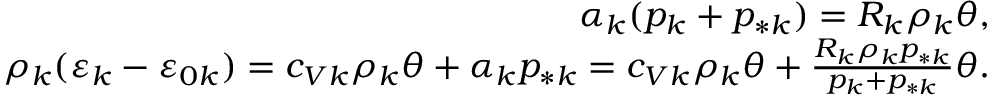
\begin{array} { r } { \alpha _ { k } ( p _ { k } + p _ { * k } ) = R _ { k } \rho _ { k } \theta , } \\ { \rho _ { k } ( \varepsilon _ { k } - \varepsilon _ { 0 k } ) = c _ { V k } \rho _ { k } \theta + \alpha _ { k } p _ { * k } = c _ { V k } \rho _ { k } \theta + \frac { R _ { k } \rho _ { k } p _ { * k } } { p _ { k } + p _ { * k } } \theta . } \end{array}